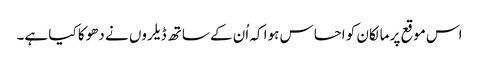
اس موقع پر مالکان کو احساس ہوا کہ اُن کے ساتھ ڈیلروں نے دھوکا کیا ہے۔